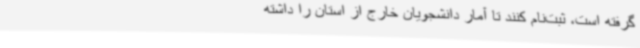
گرفته است، ثبت‌نام کنند تا آمار دانشجویان خارج از استان را داشته